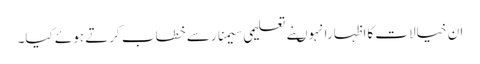
ان خیالات کااظہارانہوںنے تعلیمی سیمنارسے خطاب کرتے ہوئے کیا۔